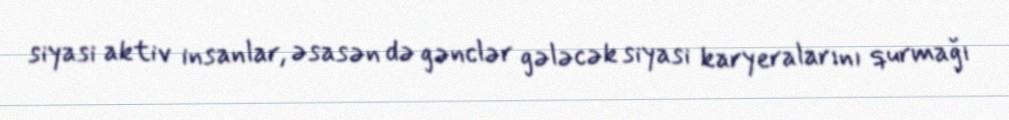
siyasi aktiv insanlar, əsasən də gənclər gələcək siyasi karyeralarını qurmağı